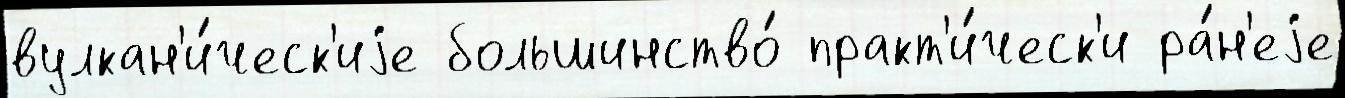
вулкан'и́ческ'иjе большинство́ практ'и́ческ'и ра́н'еjе